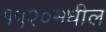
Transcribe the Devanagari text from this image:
१५२०मधील